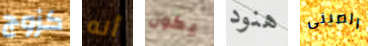
كزوج أنه يكون هنود الصينى